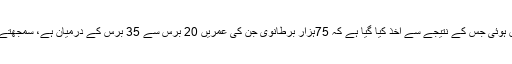
برطانیہ کے ایک مالی ادارے 'اسکیپٹن بلڈنگ سوسائٹی' کی جانب سے 2000 بالغان پر مشتمل ایک تحقیق ہوئی جس کے نتیجے سے اخذ کیا گیا ہے کہ 75ہزار برطانوی جن کی عمریں 20 برس سے 35 برس کے درمیان ہے، سمجھتے ہیں کہ والدین کےدنیا سے جانے کے بعد انھیں ترکہ میں ایک غیرمتوقع بڑی دولت حاصل ہو سکتی ہے۔